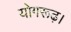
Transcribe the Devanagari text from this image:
योगरूढ़।